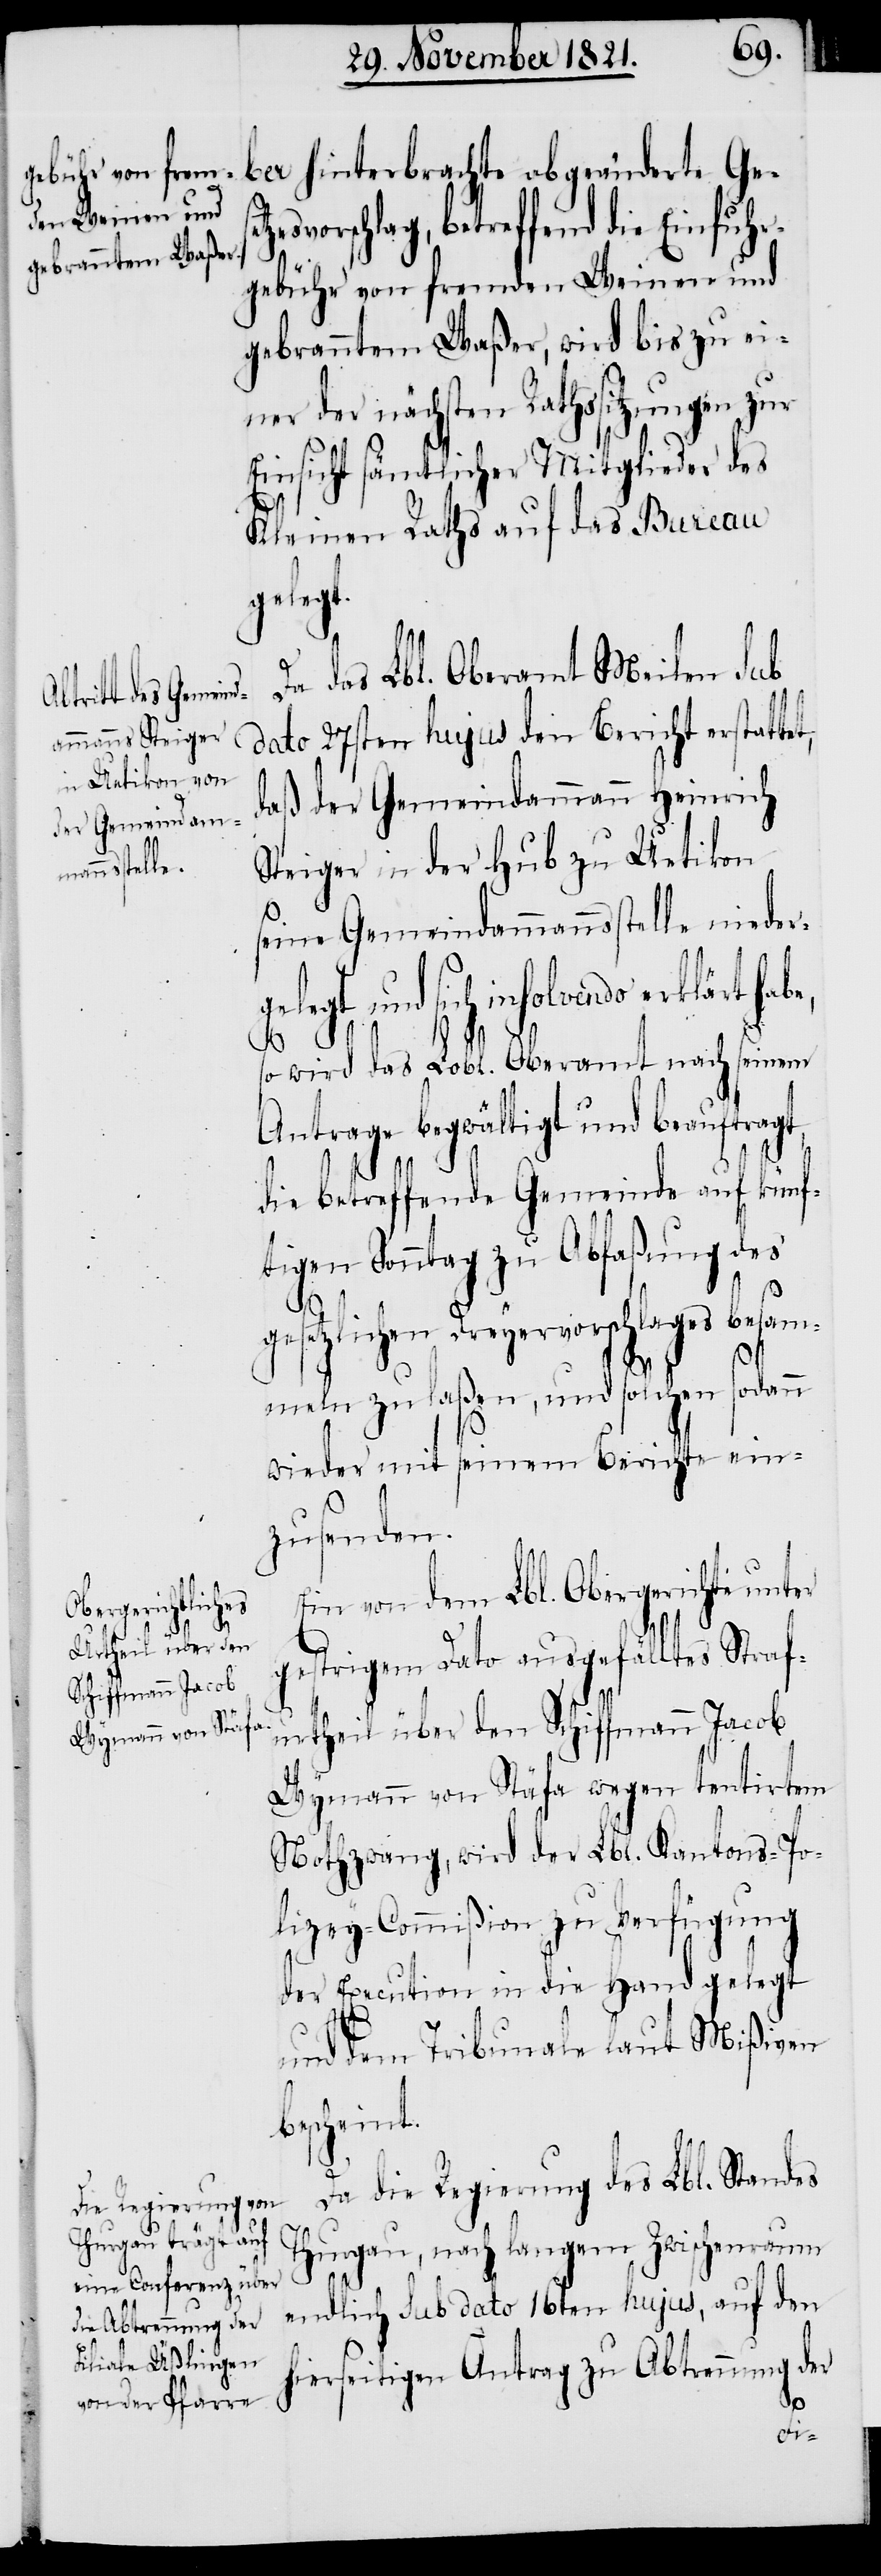
ber hinterbrachte abgeänderte Ge¬
vorschlag, betreffend die Einfuhr¬
gebühr von fremden Weinen und
gebranntem Waßer, wird bis zu ei¬
ner der nächsten Rathssitzungen zur
Einsicht sämtlicher Mitglieder des
Kleinen Rathes auf das Bureau
gelegt
Da das Lbl. Oberamt Meilen sub
dato 27sten hujus den Bericht erstattet,
daß der Gemeindammann Heinrich
Steiger in der Hub zu Uetikon
seine Gemeindammannsstelle nieder¬
und sich insolvendo erklärt
so wird das Lobl. Oberamt nach seinem
Antrage begwältigt und beauftra¬
die betreffende Gemeinde auf künf¬
tigen Sonntag zu Abfaßung des
gesetzlichen Dreyervorschlages besam¬
meln zu laßen, und solchen sodann
wieder mit seinem Berichte ein¬
zusenden.
in von dem Lbl. Obergerichte
gestrigem Dato ausgefälltes Straf¬
urtheil über den Schiffmann Jacob
Wymann von Stäfa wegen tentirtem
Nothzwang, wird der Lbl. Kantons-Po¬
lizey-Commißion zu Verfügung
der Execution in die Hand gelegt
und dem Tribunale laut Mißiven
bescheint.
Da die Regierung des Lbl. Standes
Thurgau, nach langem Zwischenraum
endlich sub dato 16ten hujus, auf den
hierseitigen Antrag zu Abtretung der
gt,
E¬